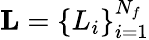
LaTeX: \textbf{L}=\{ L_{i}\} _{i=1}^{N_{f}}